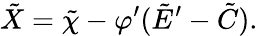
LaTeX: \tilde{X}=\tilde{\chi}-\varphi^{\prime}(\tilde{E}^{\prime}-\tilde{C}).